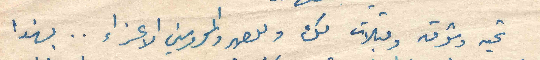
تحية وشوق وقبلات لك وللصهر والمحروسين الاعزاء .. بهذا